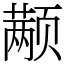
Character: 颟